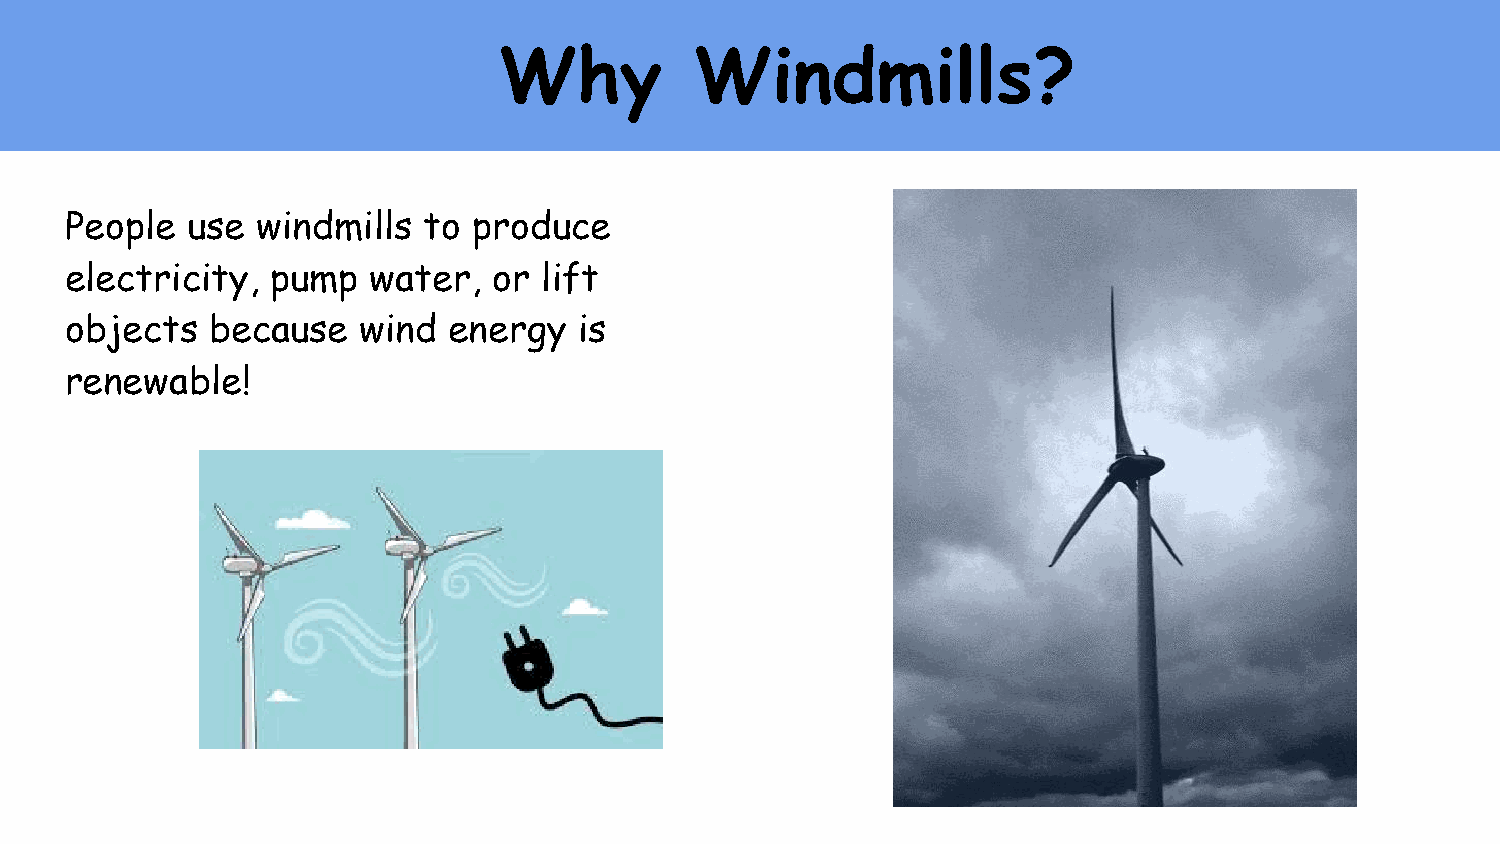
Why          Windmills?
 People  use  windmills  to produce
 electricity,  pump   water,  or lift
 objects   because   wind  energy  is
 renewable!